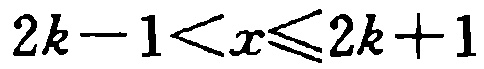
\(2k - 1 < x \leq 2k + 1\)